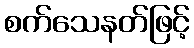
စက်သေနတ်ဖြင့်